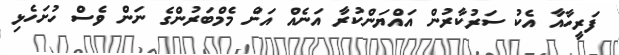
ފަރީހާއާ އެކު ސަރުކާރުން އައްޔަންކުރާ އަނެއް އަށް މެމްބަރުންގެ ނަން ވެސް ހުށަހެޅި